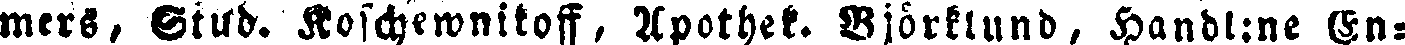
mers, Stud. Koschewnitoff, Apothek. Björklund, Handl:ne En-